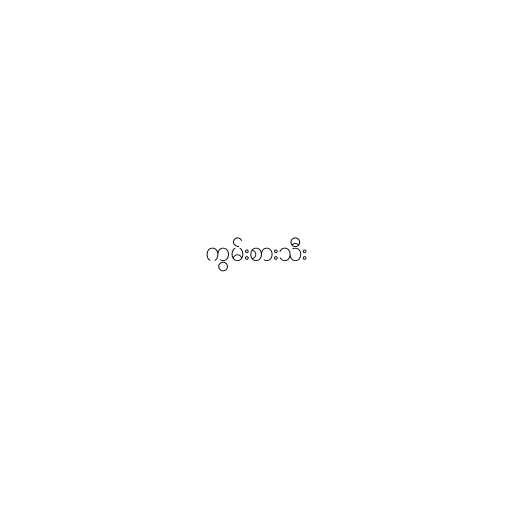
ကွမ်းစားသီး